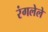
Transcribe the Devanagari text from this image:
रंगलेले